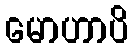
မောဟာပိ